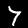
Label: 7